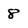
Character: 8